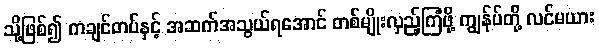
သို့ဖြစ်၍ ကချင်တပ်နှင့် အဆက်အသွယ်ရအောင် တစ်မျိုးလှည့်ကြံဖို့ ကျွန်ုပ်တို့ လင်မယား